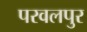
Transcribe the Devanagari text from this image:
परवलपुर